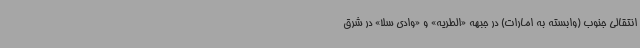
انتقالی جنوب (وابسته به امارات) در جبهه «الطریه» و «وادی سلا» در شرق